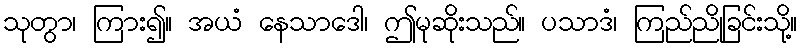
သုတွာ၊ ကြား၍။ အယံ နေသာဒေါ၊ ဤမုဆိုးသည်။ ပသာဒံ၊ ကြည်ညိုခြင်းသို့။